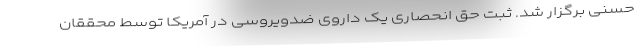
حسنی برگزار شد. ثبت حق انحصاری یک داروی ضدویروسی در آمریکا توسط محققان